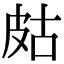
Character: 𤿛